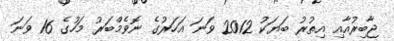
ޖާބިރުއާއި އިތުރު ބަޔަކު 2012 ވަނަ އަހަރުގެ ނޮވެމްބަރު މަހުގެ 16 ވަނަ